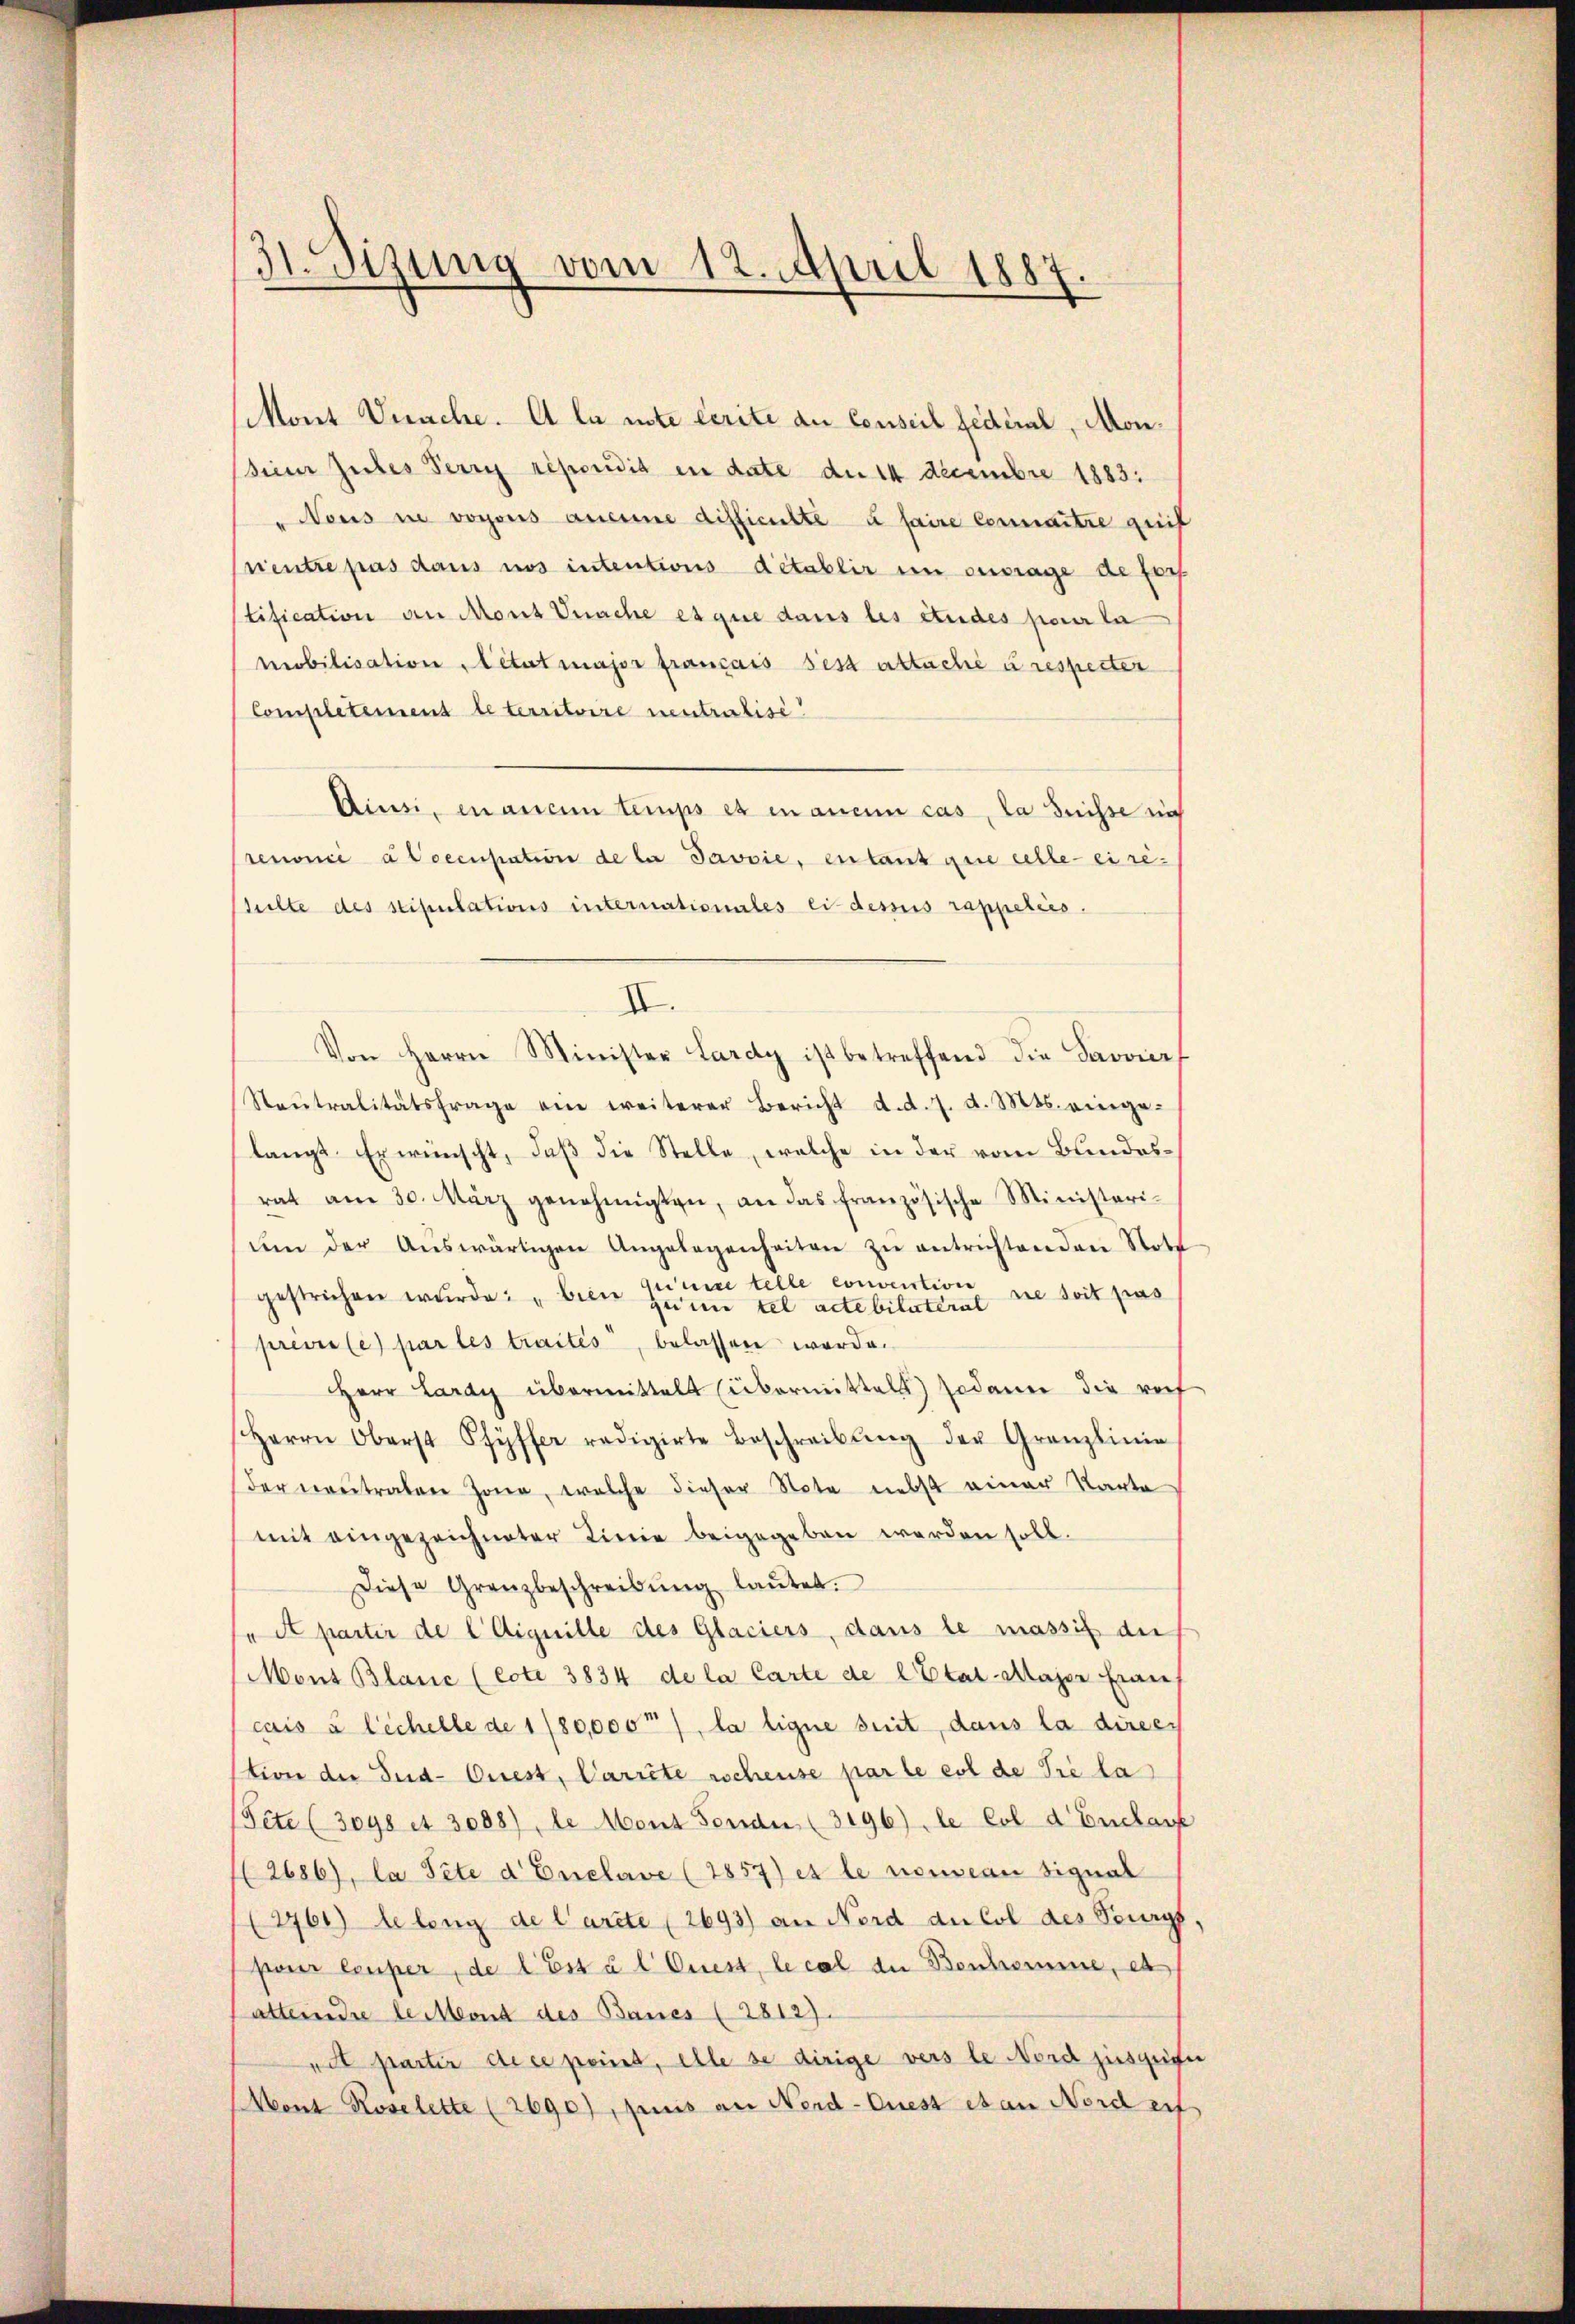
31. Sizung vom 12. April 1887
¬

Mont Unache. A la note Cerite du Conseil fédéral, Moninner Zules Perry répondit in date de 14 Decembre 1883.
Nous in vorons auseine difficielte u faire connaitre greif
nentre pas dans nos intentions d’établir in ouvrage de fors
tification an Mont Prache es que dans les études pour la
mobilisation état major français sest attache u respecter
Completement le territoire neutralisi
Ainsi en aucun temps et mancin cas, la Suisse nich
renoncé à Coccupation de la Javvie, entant que celle eiretulte des stipulations internationales ci-dessus rappelées.
II.
Von Herrn Minister Lardy ist betreffend die Savoierf
Steŭtralitätsfrage ein weiterer Bericht d.d. 7. d. Mts. einge-
langt. Er wünscht, daß die Stelle, welche in der vom Bundesrat am 30. März genehmigten, an das französische Ministeriŭm der Aŭswärtigen Angelegenheiten zŭ entrichtenden Stott
Grimme telle convention
sie soit pas
gestrichen wurde: „biler zum tel actebitaterat
priviles par les traités, belassen werde.
Herr Lardy übermittelt (übermittel) sodann die roch
Herrn Oberst Pfyffer redigirte Beschreibŭng der Granzlinie
der neutralen Jone, welche dieser Note nebst einer Karte
mit eingezeichneter Linie beigegeben werden soll.
Diese Grenzbeschreibŭng laŭtet.
"A partir de liquille des Glaciers, dans le massif die
Mons Blanc (cote 3834 de la Carte de l’Etat-Major Einre
cais à lichelle de 180,000), la ligne seit, dans la direc
stion der Sud-Ciest, Carrite aschense par le col de Sie la
(Tite (3098 A 3088), le Mont Fende (3196), le col d Eucharf
(2686), la Pete d Enclave (1857) es le nouveau signal
2761) belang de Carte (2693) an Nord du Col des Burgt,
pour leuper, de l’Est à l Quest, le cal die Beschwimme, et
attendre le Mond des Baues (2812).
rit partir de ce point, elle se dirige verste Nord jusquite
Mont Roselette (2690), puis an Nerd-Quest et an Nordert